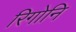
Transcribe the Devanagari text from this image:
रिगोनि